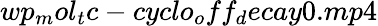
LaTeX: wp_{m}ol_{t}c-cyclo_{o}ff_{d}ecay0.mp4